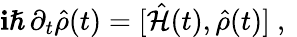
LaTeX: \mathbf{i}\hslash\, \partial_{t}\hat{{\rho}}(t)=[\hat{{\mathcal{{H}}}}(t),\hat{{\rho}}(t)]\mathrm{{~,~}}